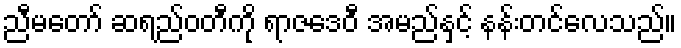
ညီမတော် ဆရည်ဝတီကို ရာဇဒေဝီ အမည်နှင့် နန်းတင်လေသည်။